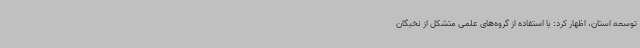
توسعه استان، اظهار کرد: با استفاده از گروه‌های علمی متشکل از نخبگان